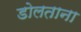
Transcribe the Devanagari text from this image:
डोलताना